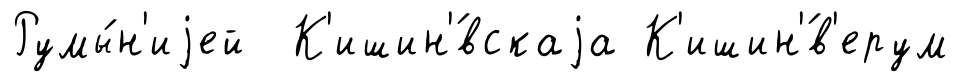
Румы́н'иjей К'ишин'́вскаjа К'ишин'́в'ерум